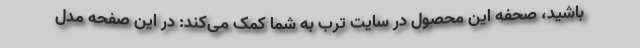
باشید، صحفه این محصول در سایت ترب به شما کمک می‌کند: در این صفحه مدل